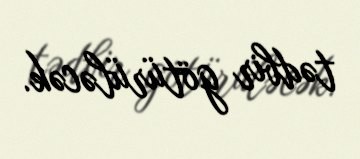
tədbir götürüləcək.